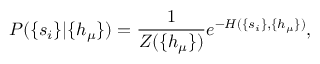
P ( \{ s _ { i } \} | \{ h _ { \mu } \} ) = \frac { 1 } { Z ( \{ h _ { \mu } \} ) } e ^ { - H ( \{ s _ { i } \} , \{ h _ { \mu } \} ) } ,